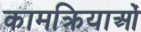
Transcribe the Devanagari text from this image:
कामक्रियाओं